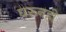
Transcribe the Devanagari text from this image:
घरूनही